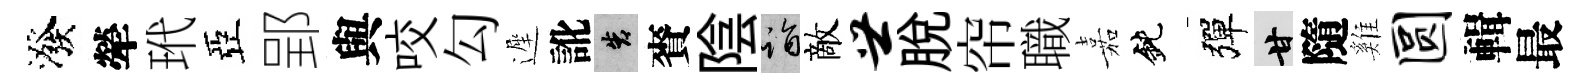
潑犖玳亞郢與咬勾遲訛告賚陰诣敵世脫帘職嘉鈍彈甘隨雞圆輯最